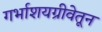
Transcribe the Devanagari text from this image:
गर्भाशयग्रीवेतून